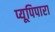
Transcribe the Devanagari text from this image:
प्यूपिपारा